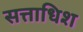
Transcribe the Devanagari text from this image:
सत्ताधिश